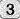
3